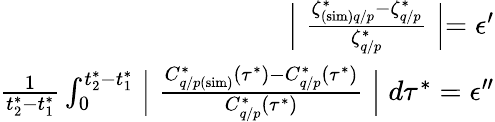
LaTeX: \begin{array}{r}{\Bigm\lvert\frac{\zeta_{(\mathrm{sim})q/p}^{*}-\zeta_{q/p}^{*}}{\zeta_{q/p}^{*}}\Bigm\rvert=\epsilon^{\prime}}\\ {\frac{1}{t_{2}^{*}-t_{1}^{*}}\int_{0}^{t_{2}^{*}-t_{1}^{*}}\Bigm\lvert\frac{C_{q/p(\mathrm{sim})}^{*}\left(\tau^{*}\right)-C_{q/p}^{*}\left(\tau^{*}\right)}{C_{q/p}^{*}\left(\tau^{*}\right)}\Bigm\rvert d\tau^{*}=\epsilon^{\prime\prime}}\end{array}